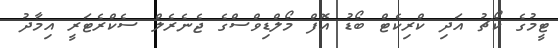
ޓީމުގެ ކޯޗު އަދި ކްރިކެޓް ބޯޑު އޮފް މޯލްޑިވްސްގެ ޖެނެރެލް ސެކްރެޓަރީ އިމާދު